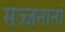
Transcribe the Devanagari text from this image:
सज्जनानां